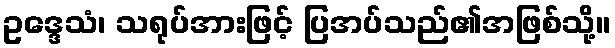
ဥဒ္ဒေသံ၊ သရုပ်အားဖြင့် ပြအပ်သည်၏အဖြစ်သို့။